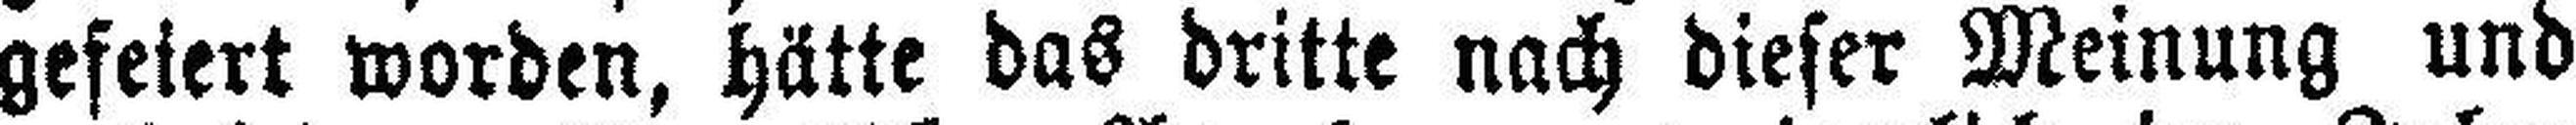
gefeiert worden, hätte das dritte nach dieser Meinung und